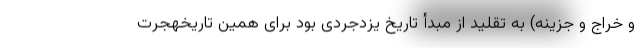
و خراج و جزینه) به تقلید از مبدأ تاریخ یزدجردی بود برای همین تاریخهجرت